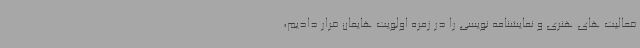
فعالیت های هنری و نمایشنامه نویسی را در زمره اولویت هایمان قرار دادیم،